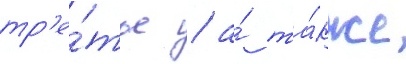
тр'е́тье / а́ та́кже